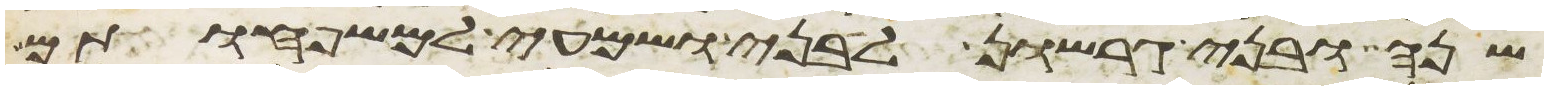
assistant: שנה ובני גרשון לבני ושמעי למשפחותם